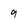
Character: 9